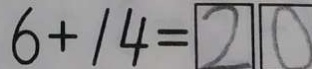
6 + 1 4 = 2 0